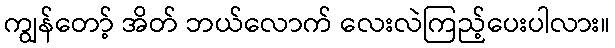
ကျွန်တော့် အိတ် ဘယ်လောက် လေးလဲကြည့်ပေးပါလား။